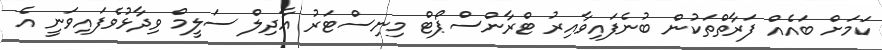
ކަމަށް ބައެއް ފަރާތްތަކުން ބުނެފައިވާއިރު ޓްރާންސްޕޯޓް މިނިސްޓަރު އާދިލް ސަލީމް ވިދާޅުވެފައިވަނީ އެ